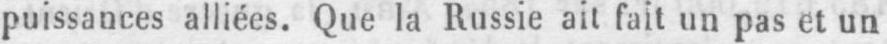
puissances alliées. Que la Russie ait fait un pas et un